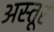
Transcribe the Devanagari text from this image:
अस्तूर